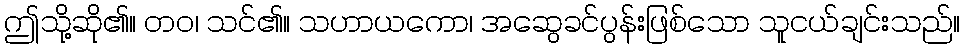
ဤသို့ဆို၏။ တဝ၊ သင်၏။ သဟာယကော၊ အဆွေခင်ပွန်းဖြစ်သော သူငယ်ချင်းသည်။